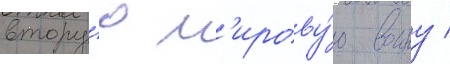
втору́ю м'ирову́ю воину /